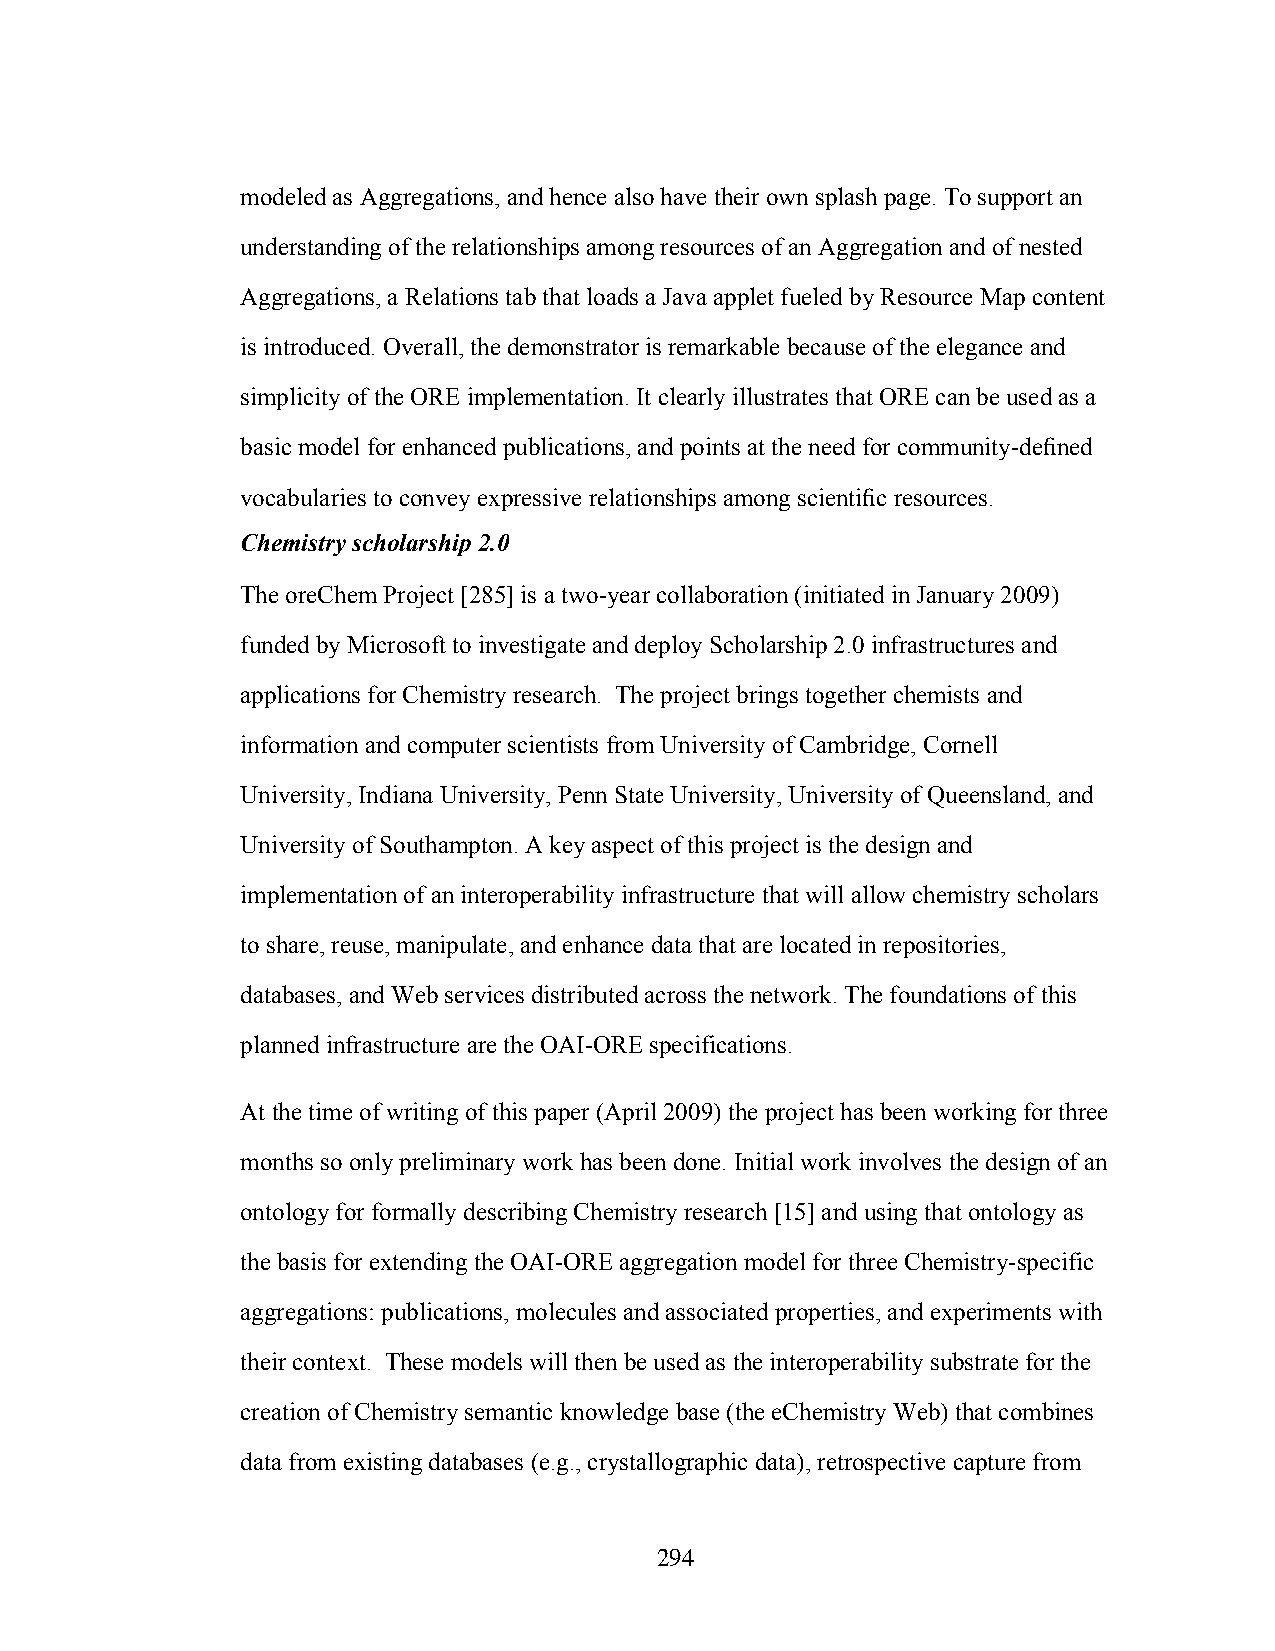
modeled as Aggregations, and hence also have their own splash page. To support an
 understanding of the relationships among resources of an Aggregation and of nested
 Aggregations, a Relations tab that loads a Java applet fueled by Resource Map content
 is introduced. Overall, the demonstrator is remarkable because of the elegance and
 simplicity of the ORE implementation. It clearly illustrates that ORE can be used as a
 basic model for enhanced publications, and points at the need for community-defined
 vocabularies to convey expressive relationships among scientific resources.
 Chemistry scholarship 2.0
 The oreChem Project [285] is a two-year collaboration (initiated in January 2009)
 funded by Microsoft to investigate and deploy Scholarship 2.0 infrastructures and
 applications for Chemistry research. The project brings together chemists and
 information and computer scientists from University of Cambridge, Cornell
 University, Indiana University, Penn State University, University of Queensland, and
 University of Southampton. A key aspect of this project is the design and
 implementation of an interoperability infrastructure that will allow chemistry scholars
 to share, reuse, manipulate, and enhance data that are located in repositories,
 databases, and Web services distributed across the network. The foundations of this
 planned infrastructure are the OAI-ORE specifications.
 At the time of writing of this paper (April 2009) the project has been working for three
 months so only preliminary work has been done. Initial work involves the design of an
 ontology for formally describing Chemistry research [15] and using that ontology as
 the basis for extending the OAI-ORE aggregation model for three Chemistry-specific
 aggregations: publications, molecules and associated properties, and experiments with
 their context. These models will then be used as the interoperability substrate for the
 creation of Chemistry semantic knowledge base (the eChemistry Web) that combines
 data from existing databases (e.g., crystallographic data), retrospective capture from
 294